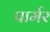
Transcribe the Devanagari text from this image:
पार्मर